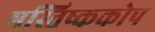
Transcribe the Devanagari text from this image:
मस्तिष्ककोप